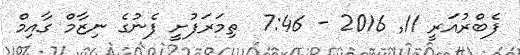
ފެބްރުއަރީ 11